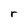
Character: r